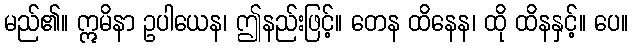
မည်၏။ ဣမိနာ ဥပါယေန၊ ဤနည်းဖြင့်။ တေန ထိနေန၊ ထို ထိနနှင့်။ ပေ။